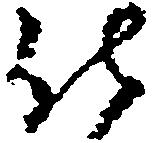
仕